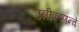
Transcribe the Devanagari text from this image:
उन्नीकृष्णन्चे